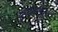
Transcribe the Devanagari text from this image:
स्पाइटेल